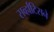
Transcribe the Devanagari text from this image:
सर्व्हांटिसने